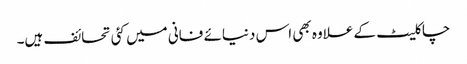
چاکلیٹ کے علاوہ بھی اس دنیائے فانی میں کئی تحائف ہیں۔